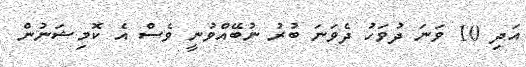
އަދި 10 ވަނަ ދުވަހު ދެވަނަ ބުރު ނުބޭއްވުނީ ވެސް އެ ކޮމިޝަނުން